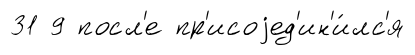
31 9 посл'е пр'исоjед'ин'и́лс'я